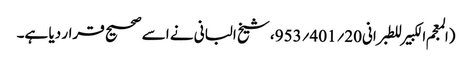
(المعجم الکبیر للطبرانی20؍401؍953، شیخ البانی نے اسے صحیح قرار دیا ہے۔